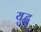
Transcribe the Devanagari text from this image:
युद्ध्